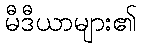
မီဒီယာများ၏